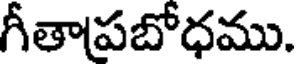
గీతాపబోధము.